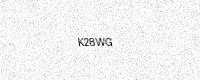
Text: K28WG